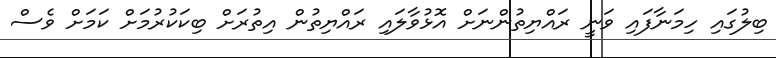
ބިލުގައި ހިމަނާފައި ވަނީ ރައްޔިތުންނަށް އޮޅުވާލައި ރައްޔިތުން އިތުރަށް ބިކަކުރުމަށް ކަމަށް ވެސް